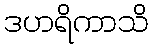
ဒဟရိကာသိ